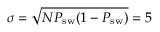
\sigma = \sqrt { N P _ { \mathrm { s w } } ( 1 - P _ { \mathrm { s w } } ) } = 5